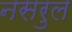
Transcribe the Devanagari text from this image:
नसरुल